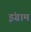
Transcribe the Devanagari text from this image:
इंग्राम